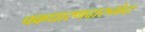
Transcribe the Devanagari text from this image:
चक्रधारणदारुभेदः